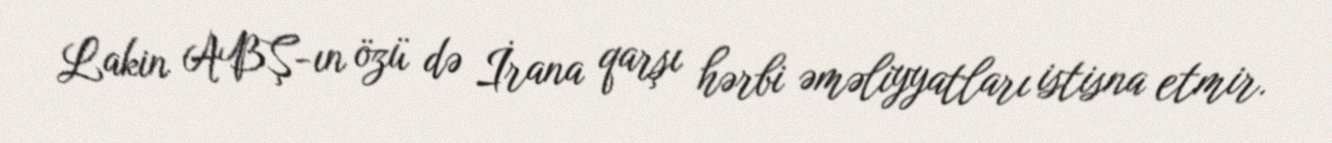
Lakin ABŞ-ın özü də İrana qarşı hərbi əməliyyatları istisna etmir.